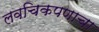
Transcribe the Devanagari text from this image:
लवचिकपणाचा